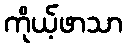
ကိုယ့်ဖာသာ